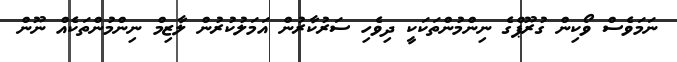
ނަަމަވެސް ވޯކިން ގުރޫޕްގެ ނިންމުންތަކަކީ ދިވެހި ސަރުކާރުން އަމަލުކުރުން ލާޒިމް ނިންމުންތަކެއް ނޫން